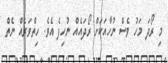
މި ރޯދަ މަހު ވެސް ނުހާއަކަށް ރޯދައެއް ނުހިފެ އެވެ. ހިތްވަރެއް ނެތް